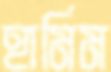
হামিম